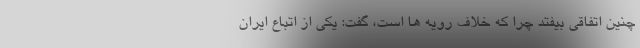
چنین اتفاقی بیفتد چرا که خلاف رویه ها است، گفت: یکی از اتباع ایران